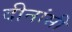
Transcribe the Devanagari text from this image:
दीनांसी